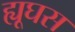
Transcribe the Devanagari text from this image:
ह्यूघस